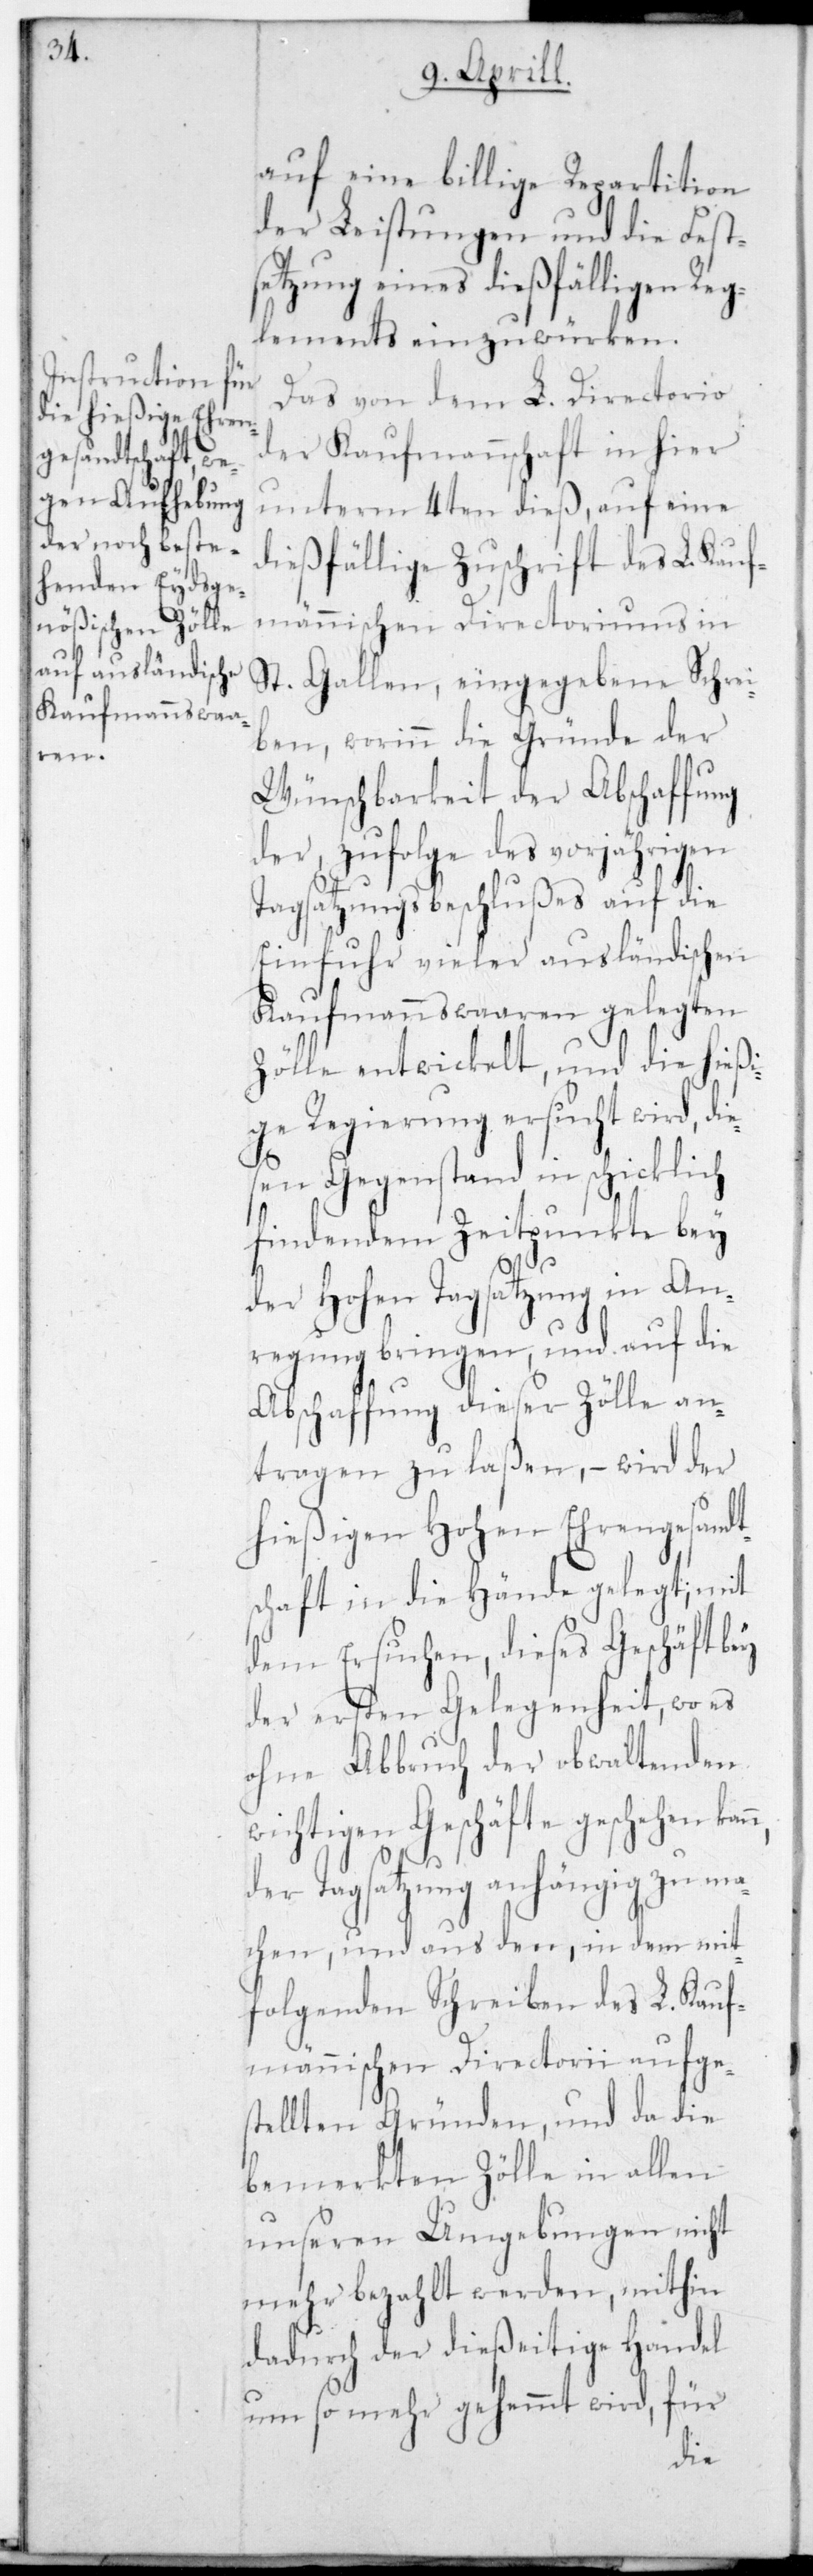
n,

auf eine billige Repartition
der Leistungen und die Fest¬
setzung eines dießfälligen Reg¬
lements einzuwürken.
Das von dem L. Directorio
der Kaufmannschaft in hier
unterm 4ten dieß, auf eine
dießfällige Zuschrift des L. Kauf¬
männischen Directoriums in
St. Gallen, eingegebene Schrei¬
ben, worinn die Gründe der
Wünschbarkeit der Abschaffung
der, zufolge des vorjährigen
Tagsatzungsbeschlußes auf die
Einfuhr vieler ausländischen
Kaufmannswaaren gelegten
Zölle entwickelt, und die hießi¬
ge Regierung ersucht wird, die¬
sen Gegenstand in schicklich
findendem Zeitpunkte bey
der Hohen Tagsatzung in An¬
regung bringen, und auf die
Abschaffung dieser Zölle an¬
tragen zu laßen, – wird der
hießigen Hohen Ehrengesandt¬
schaft in die Hände gelegt; mit
dem Ersuchen, dieses Geschäft bey
der ersten Gelegenheit, wo es
ohne Abbruch der obwaltenden
wichtigen Geschäfte geschehen kan¬
der Tagsatzung anhängig zu ma¬
chen, und aus den, in dem mit¬
folgenden Schreiben des L. Kauf¬
männischen Directorii aufges¬
tellten Gründen, und da die
bemerkten Zölle in allen
unseren Umgebungen nicht
mehr bezahlt werden, mithin
dadurch der dießeitige Handel
um so mehr gehemmt wird, für